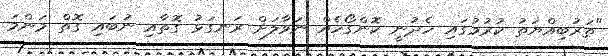
"ތަރުބިއްޔަތު ކުރުމުގައި ހެދުނީ ކޮންގޯހެއް ނަވާލަށް ރަނގަޅު ގޮތާއި ނުބައި ގޮތް މަންމަ